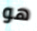
هو